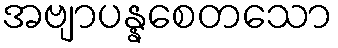
အဗျာပန္နစေတသော